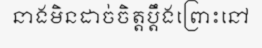
នាងមិនដាច់ចិត្តប្តឹងព្រោះនៅ